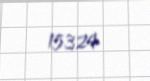
15324